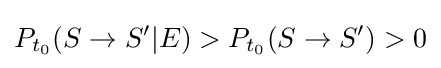
P_{t_{0}}(S\rightarrow S'|E)>P_{t_{0}}(S\rightarrow S')>0